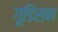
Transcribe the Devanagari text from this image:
गूडिसन